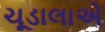
ચૂડાલાએ